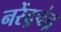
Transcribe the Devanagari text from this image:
नरेंद्रचंद्र